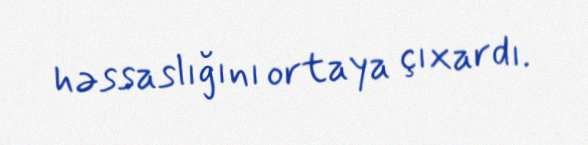
həssaslığını ortaya çıxardı.